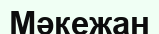
Мәкежан